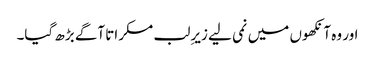
اور وہ آنکھوں میں نمی لیے زیرِ لب مسکراتا آگے بڑھ گیا۔